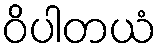
ဝိပါတယံ